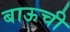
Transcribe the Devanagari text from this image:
बाऊची